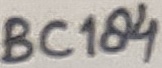
Text: BC184